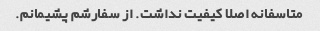
متاسفانه اصلا کیفیت نداشت. از سفارشم پشیمانم.